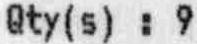
QTY(S) : 9